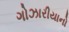
ગોઝારીયાનો